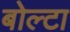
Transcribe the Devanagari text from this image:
बोल्टा